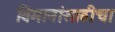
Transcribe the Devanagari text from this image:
विमानांसाठीचा